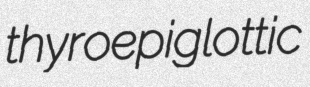
thyroepiglottic